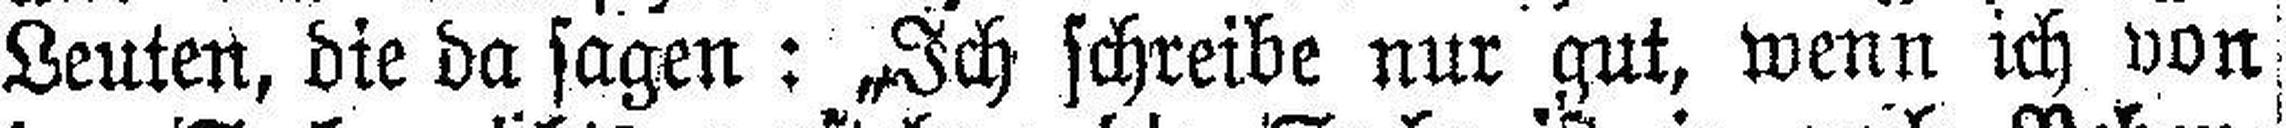
Leuten, die da sagen: „Ich schreibe nur gut, wenn ich von